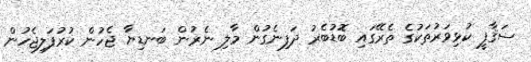
ސަޤާފީ ކުޅިވަރުތަކުގެ ތެރޭގައި ބޮޑުބެރު ދަފިނެގުން މާލި ނެރުން ބަނޑިޔާ ޖެހުން ކުރުފަލިޖެހުން